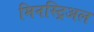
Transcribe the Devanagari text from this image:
मिनस्ट्रिअल